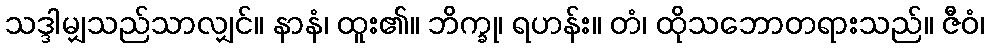
သဒ္ဒါမျှသည်သာလျှင်။ နာနံ၊ ထူး၏။ ဘိက္ခု၊ ရဟန်း။ တံ၊ ထိုသဘောတရားသည်။ ဇီဝံ၊